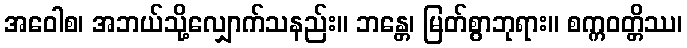
အဝေါစ၊ အဘယ်သို့လျှောက်သနည်း။ ဘန္တေ၊ မြတ်စွာဘုရား။ စက္ကဝတ္တိဿ၊